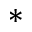
*